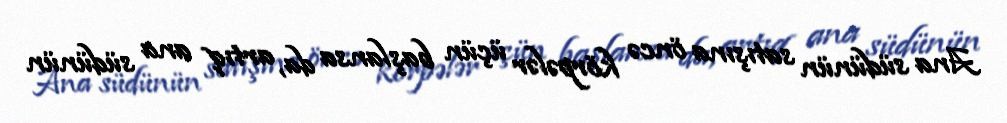
Ana südünün satışına öncə körpələr üçün başlansa da, artıq ana südünün